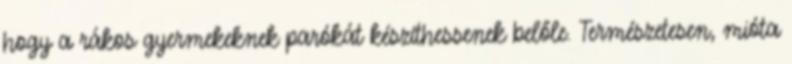
hogy a rákos gyermekeknek parókát készíthessenek belőle. Természetesen, mióta